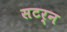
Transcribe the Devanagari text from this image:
सटर्न